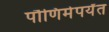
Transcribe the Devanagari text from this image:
पौणिमेपर्यंत